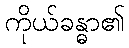
ကိုယ်ခန္ဓာ၏